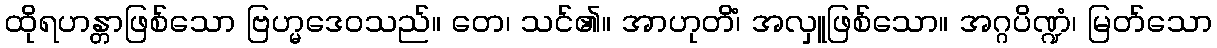
ထိုရဟန္တာဖြစ်သော ဗြဟ္မဒေဝသည်။ တေ၊ သင်၏။ အာဟုတိံ၊ အလှူဖြစ်သော။ အဂ္ဂပိဏ္ဍံ၊ မြတ်သော